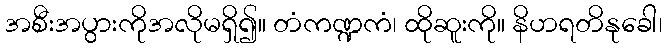
အစီးအပွားကိုအလိုမရှိ၍။ တံကဏ္ဍကံ၊ ထိုဆူးကို။ နိဟရတိနုခေါ၊